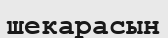
шекарасын